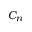
C _ { n }